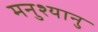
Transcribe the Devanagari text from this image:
मनुश्यानु